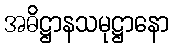
အဓိဋ္ဌာနသမုဋ္ဌာနော